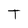
Character: T